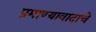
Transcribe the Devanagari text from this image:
प्रमाण्यावादाचे